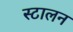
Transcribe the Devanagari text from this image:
स्टालन